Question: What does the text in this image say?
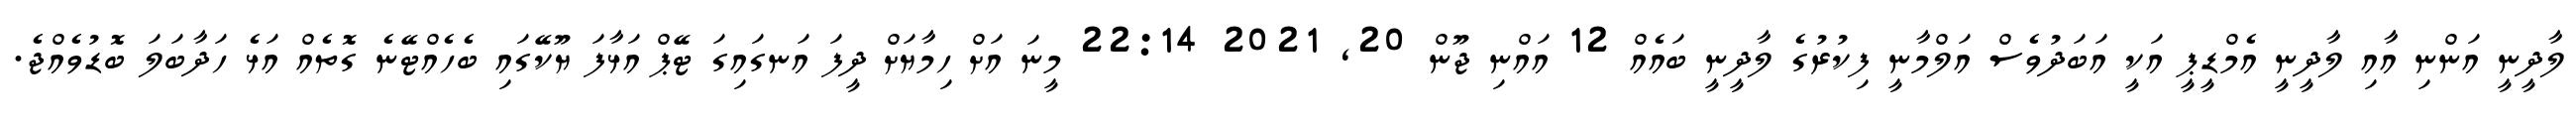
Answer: ލާދީނީ އަންނި އާއި ލާދީނީ އެމްޑީޕީ އަކީ އަބަދުވެސް އަލްމާނީ ފިކުރުގެ ލާދީނީ ބައެއް 12 އައްނި ޖޫން 20, 2021 22:14 މީނަ އަށް ހިމާޔަށް ދީފަ އަނގައިގަ ޓޭޕް އަޅާފަ ޔޫކޭގައި ބެހެއްޓޭނެ ގޮތެއް އަޅެ ހަދާބަލަ ބޮޑުވެއްޖެ.